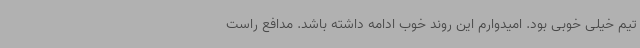
تیم خیلی خوبی بود. امیدوارم این روند خوب ادامه داشته باشد. مدافع راست